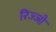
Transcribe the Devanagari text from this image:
रिज्‍जो